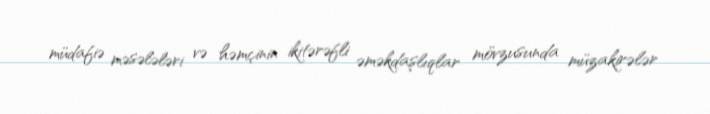
müdafiə məsələləri və həmçinin ikitərəfli əməkdaşlıqlar mövzusunda müzakirələr